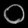
Digit: ၀